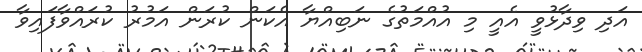
އަދި ވިދާޅުވީ އެއީ މި އުއްމަތުގެ ނަބިއްޔާ އެކަން ކުރަން އަމުރު ކުރައްވާފައިވާ